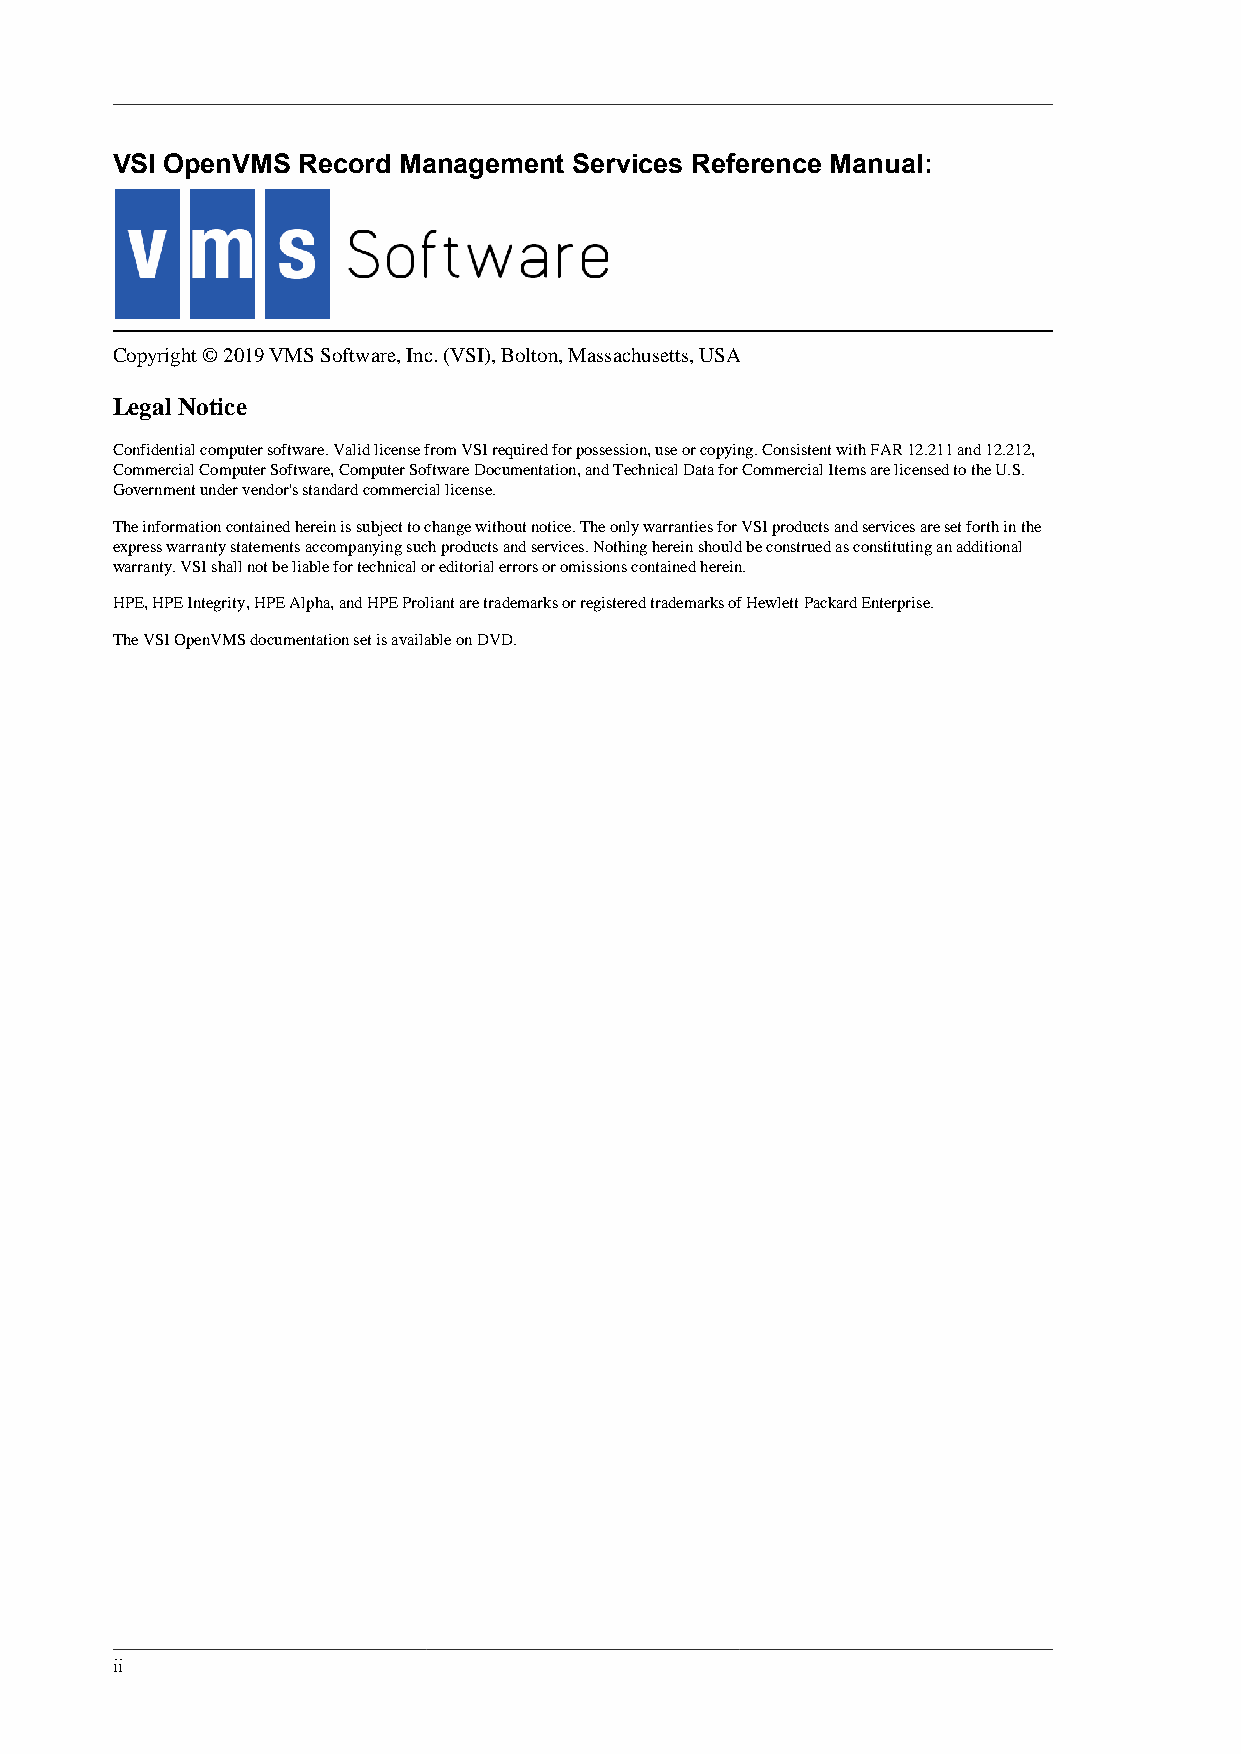
VSI OpenVMS  Record Management Services Reference Manual:
 Copyright © 2019 VMS Software, Inc. (VSI), Bolton, Massachusetts, USA
 Legal Notice
 Confidential computer software. Valid license from VSI required for possession, use or copying. Consistent with FAR 12.211 and 12.212,
 Commercial Computer Software, Computer Software Documentation, and Technical Data for Commercial Items are licensed to the U.S.
 Government under vendor's standard commercial license.
 The information contained herein is subject to change without notice. The only warranties for VSI products and services are set forth in the
 express warranty statements accompanying such products and services. Nothing herein should be construed as constituting an additional
 warranty. VSI shall not be liable for technical or editorial errors or omissions contained herein.
 HPE, HPE Integrity, HPE Alpha, and HPE Proliant are trademarks or registered trademarks of Hewlett Packard Enterprise.
 The VSI OpenVMS documentation set is available on DVD.
 ii